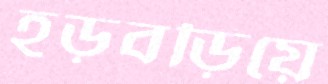
হড়বড়িয়ে